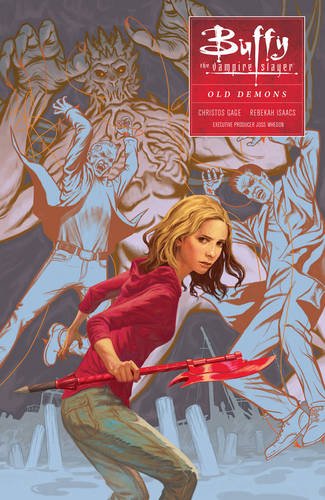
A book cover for Buffy: Season Ten Volume 4: Old Demons (Buffy the Vampire Slayer); Megan Levens; Comics & Graphic Novels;